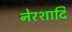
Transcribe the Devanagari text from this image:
नेरशादि